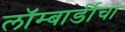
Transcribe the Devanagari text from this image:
लॉम्बार्डीचा